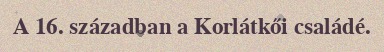
A 16. században a Korlátkői családé.